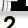
Digit: 2